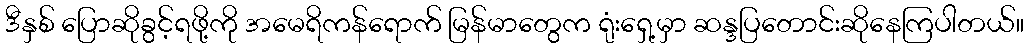
ဒီနှစ် ပြောဆိုခွင့်ရဖို့ကို အမေရိကန်ရောက် မြန်မာတွေက ရုံးရှေ့မှာ ဆန္ဒပြတောင်းဆိုနေကြပါတယ်။